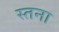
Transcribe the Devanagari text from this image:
स्तना